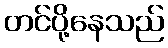
တင်ပို့နေသည်